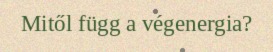
Mitől függ a végenergia?